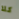
كلا